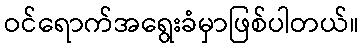
ဝင်ရောက်အရွေးခံမှာဖြစ်ပါတယ်။